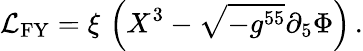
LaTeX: {\cal L}_{\mathrm{FY}}=\xi\, \left(X^{3}-\sqrt{-g^{55}}\partial_{5}\Phi\right)\, .